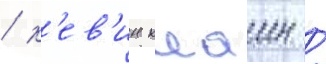
/ к'ев'ин клаин /